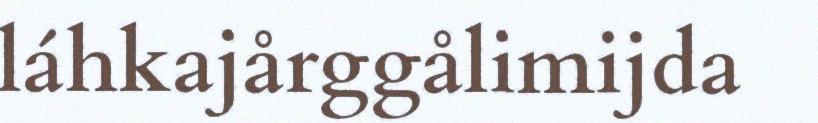
láhkajårggålimijda